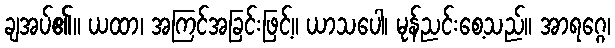
ချအပ်၏။ ယထာ၊ အကြင်အခြင်းဖြင့်။ ယာသပေါ၊ မုန်ညင်းစေ့သည်။ အာရဂ္ဂေ၊